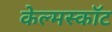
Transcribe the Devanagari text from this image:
केल्मस्काॅट